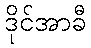
ဒိုင်အာခီ